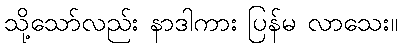
သို့သော်လည်း နာဒါကား ပြန်မ လာသေး။